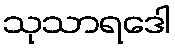
သုသာရဒေါ